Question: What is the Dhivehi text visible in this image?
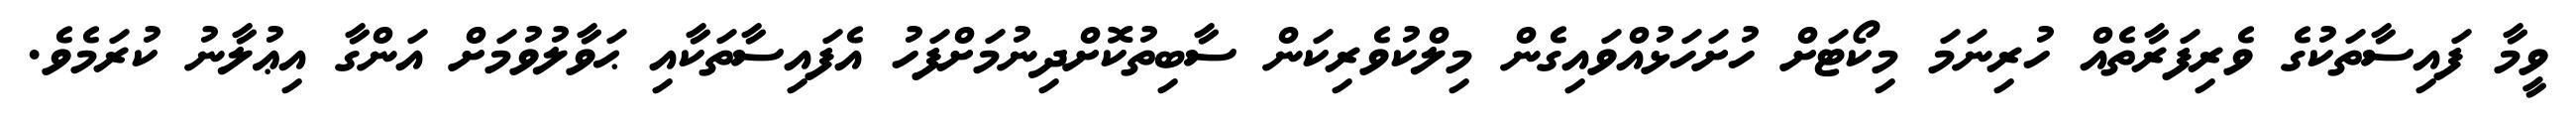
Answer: ވީމާ ފައިސާތަކުގެ ވެރިފަރާތެއް ހުރިނަމަ މިކޯޓަށް ހުށަހަޅުއްވައިގެން މިލްކުވެރިކަން ސާބިތުކޮށްދިނުމަށްފަހު އެފައިސާތަކާއި ޙަވާލުވުމަށް އަންގާ އިޢުލާނު ކުރަމެވެ.